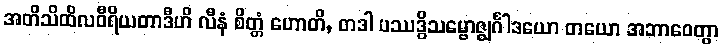
အတိသိထိလဝီရိယတာဒီဟိ လီနံ စိတ္တံ ဟောတိ, တဒါ ပဿဒ္ဓိသမ္ဗောဇ္ဈင်္ဂါဒယော တယော အဘာဝေတွာ